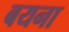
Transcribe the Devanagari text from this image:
बयना